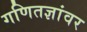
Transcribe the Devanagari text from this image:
गणितज्ञांवर